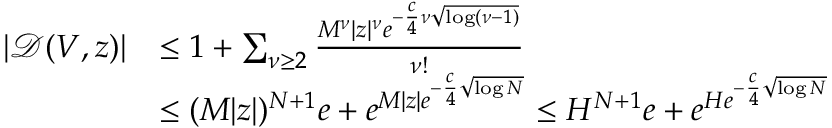
\begin{array} { r l } { | \mathcal { D } ( V , z ) | } & { \le 1 + \sum _ { \nu \ge 2 } \frac { M ^ { \nu } | z | ^ { \nu } e ^ { - \frac { c } { 4 } \nu \sqrt { \log ( \nu - 1 ) } } } { \nu ! } } \\ & { \le ( M | z | ) ^ { N + 1 } e + e ^ { M | z | e ^ { - \frac { c } { 4 } \sqrt { \log N } } } \le H ^ { N + 1 } e + e ^ { H e ^ { - \frac { c } { 4 } \sqrt { \log N } } } } \end{array}